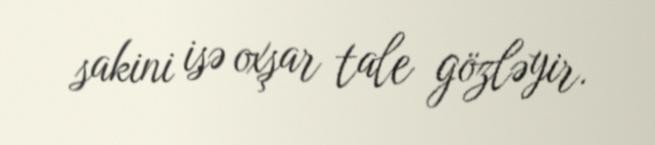
sakini isə oxşar tale gözləyir.